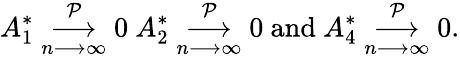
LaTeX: A_{1}^{\ast}\underset{n\longrightarrow\infty}{\overset{\mathcal{P}}{\longrightarrow}}0\mathrm{~}A_{2}^{\ast}\underset{n\longrightarrow\infty}{\overset{\mathcal{P}}{\longrightarrow}}0\mathrm{~and~}A_{4}^{\ast}\underset{n\longrightarrow\infty}{\overset{\mathcal{P}}{\longrightarrow}}0.